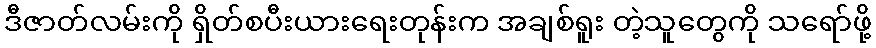
ဒီဇာတ်လမ်းကို ရှိတ်စပီးယားရေးတုန်းက အချစ်ရူး တဲ့သူတွေကို သရော်ဖို့